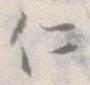
に